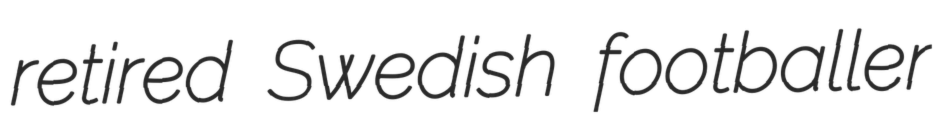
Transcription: retired Swedish footballer